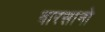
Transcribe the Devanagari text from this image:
वारसानो